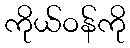
ကိုယ်ဝန်ကို